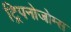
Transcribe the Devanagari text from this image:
ट्रिपनोजोम्स